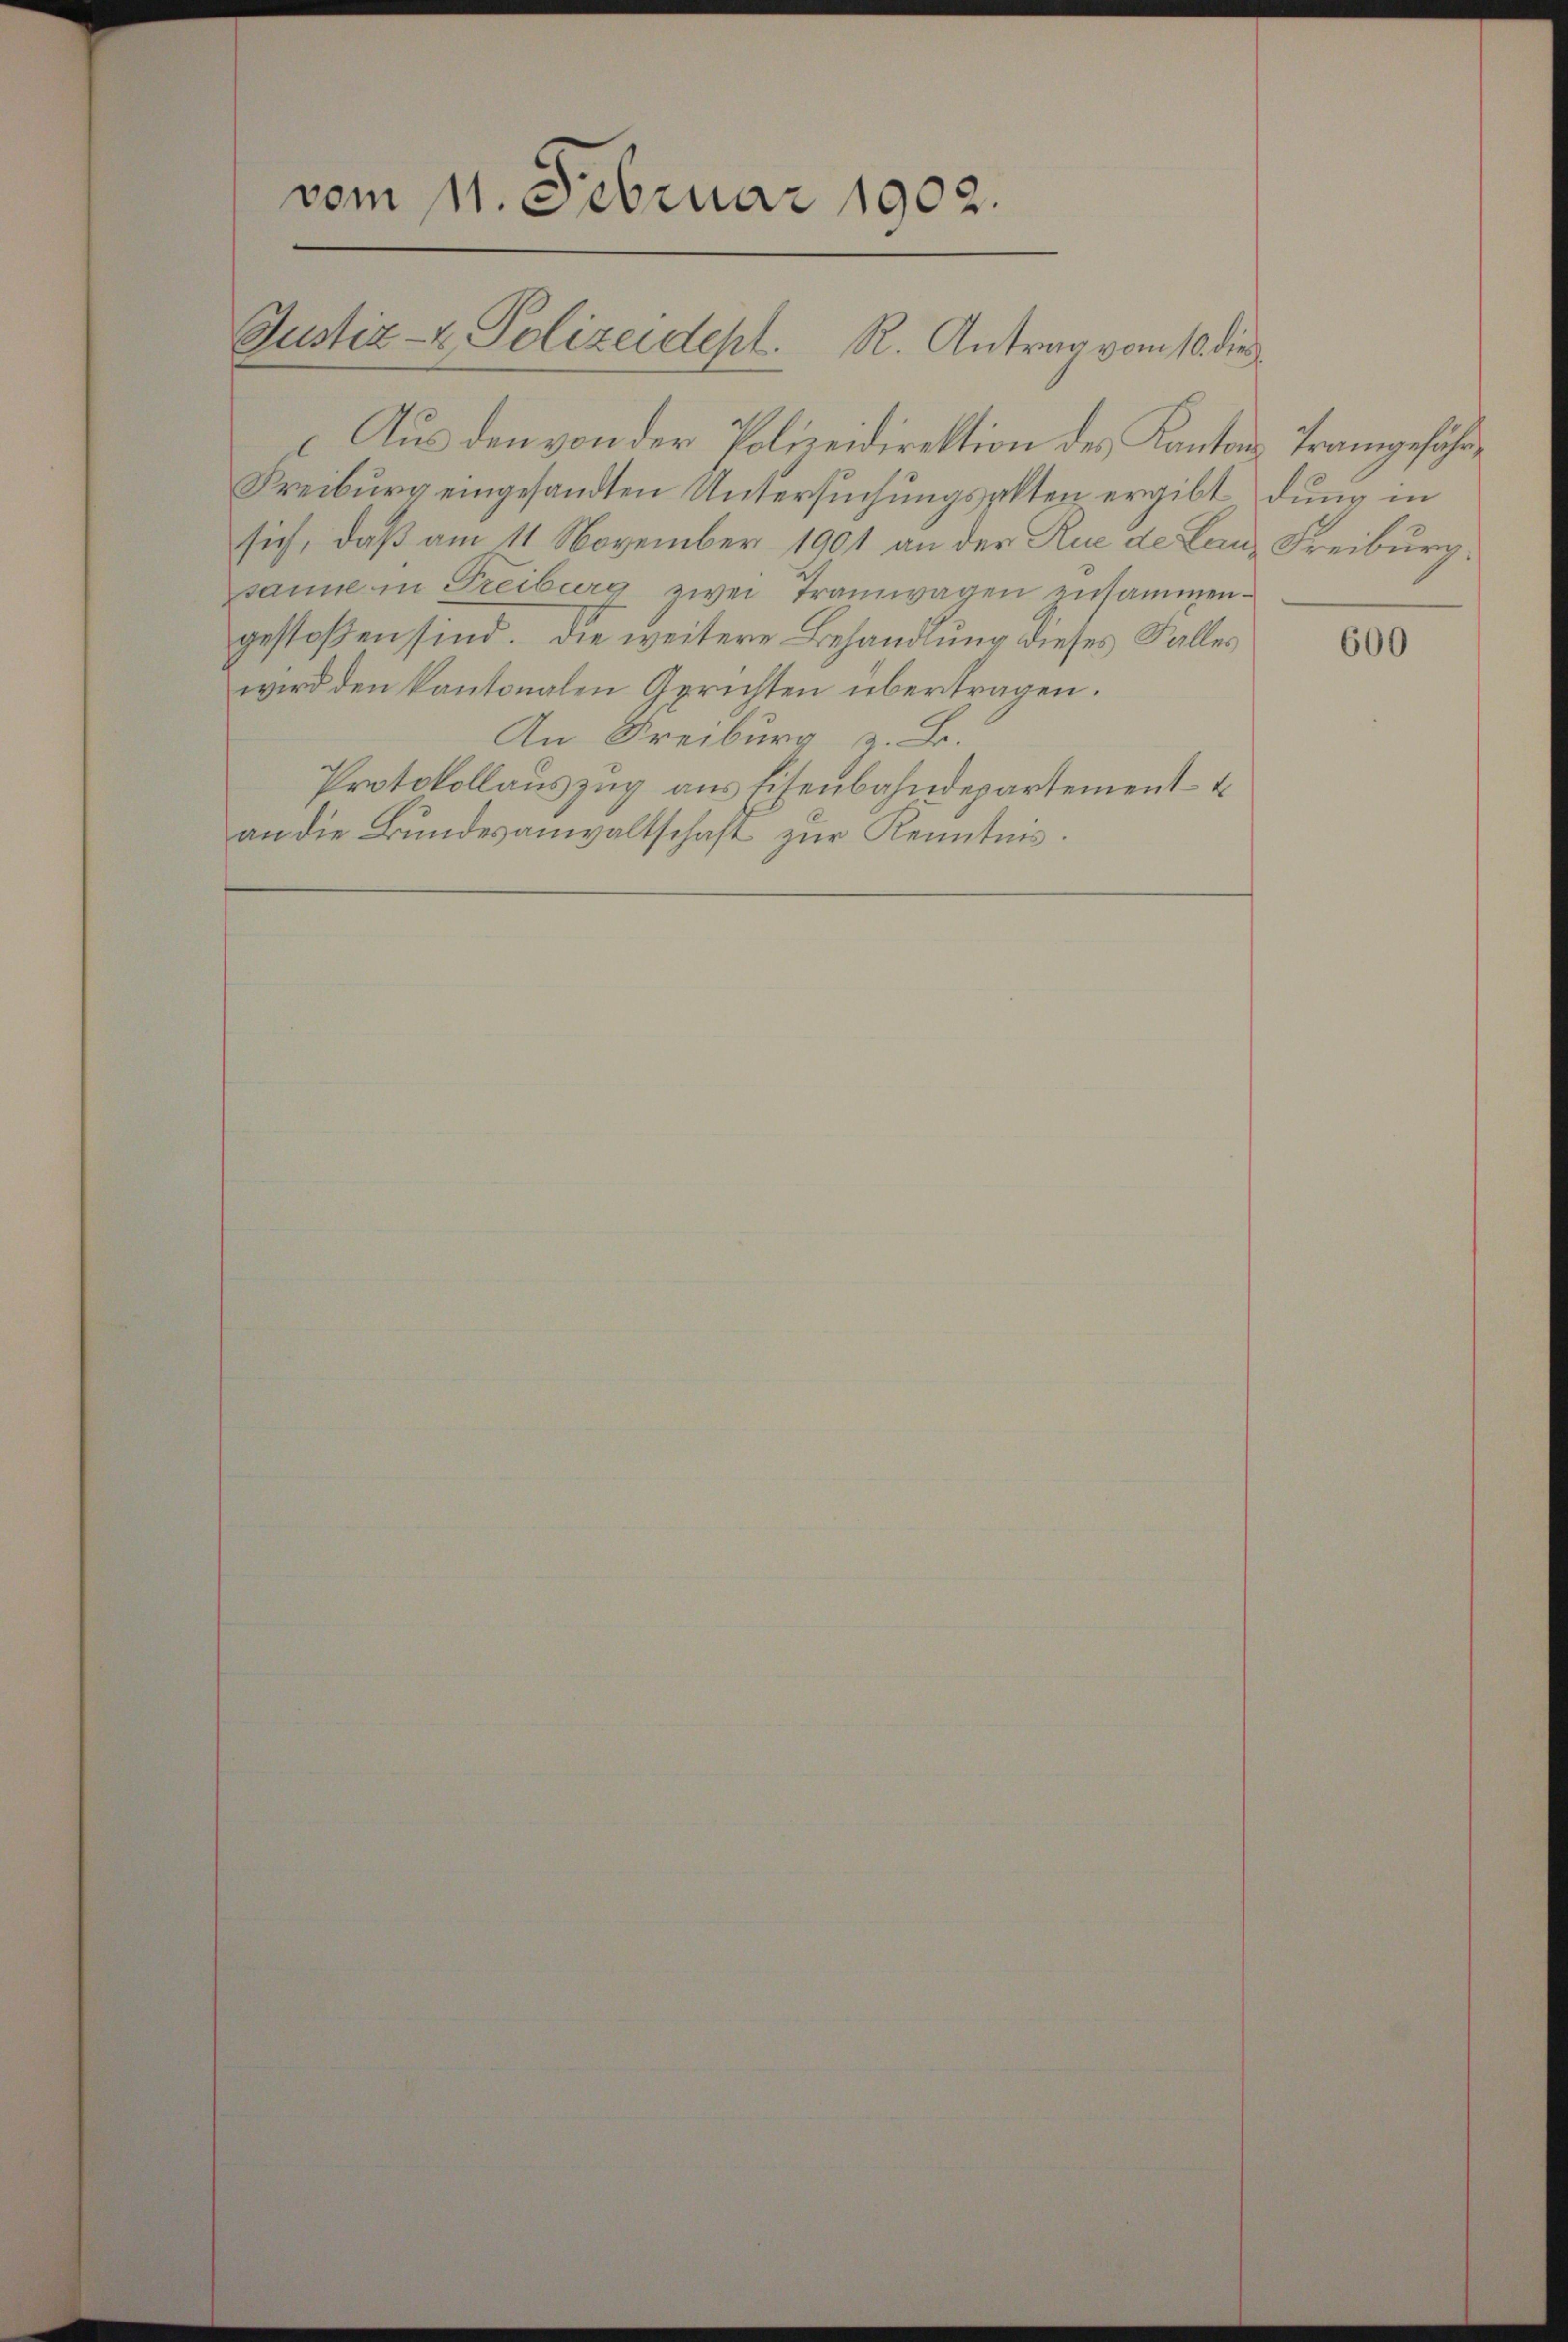
vom 11. Februar 1902.

Justiz- & Polizeidept. R. Antrag vom 10. die

Aus den von der Polizeidirektion des Kantons Trangeführ¬
Freiburg eingesandten Untersuchungsakten ergibt dung in
sich, daß am 11. November 1901 an der Rue de laus Freiburg.
sanne in Freiburg zwei Tramwagen zusammengestoßen sind. Die weitere Behandlung dieses Falles
wird den kantonalen Gerichten übertragen.
An Freiburg z. B.
Protokollauszug aus Eisenbahndepartement-
an die Bundesanwaltschaft zur Kenntnis.

600